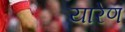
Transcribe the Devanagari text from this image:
यारेण